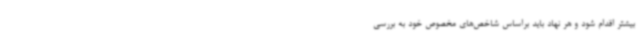
بیشتر اقدام شود و هر نهاد باید براساس شاخص‌های مخصوص خود به بررسی